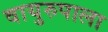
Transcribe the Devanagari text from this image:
वायुरुपाला